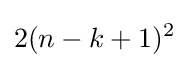
2(n-k+1)^{2}